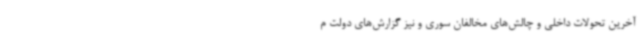
آخرین تحولات داخلی و چالش‌های مخالفان سوری و نیز گزارش‌های دولت م